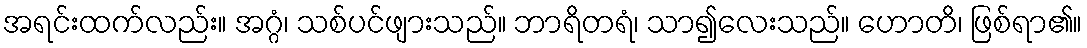
အရင်းထက်လည်း။ အဂ္ဂံ၊ သစ်ပင်ဖျားသည်။ ဘာရိတရံ၊ သာ၍လေးသည်။ ဟောတိ၊ ဖြစ်ရာ၏။